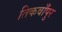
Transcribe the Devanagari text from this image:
तिकवाँपुर